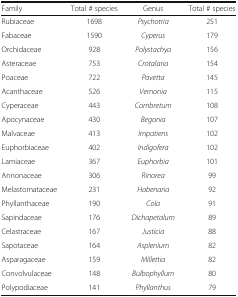
| Family | Total # species | Genus | Total # species |
 | --- | --- | --- | --- |
 | Rubiaceae | 1698 | Psychotria | 251 |
 | Fabaceae | 1590 | Cyperus | 179 |
 | Orchidaceae | 928 | Polystachya | 156 |
 | Asteraceae | 753 | Crotalaria | 154 |
 | Poaceae | 722 | Pavetta | 145 |
 | Acanthaceae | 526 | Vernonia | 115 |
 | Cyperaceae | 443 | Combretum | 108 |
 | Apocynaceae | 430 | Begonia | 107 |
 | Malvaceae | 413 | Impatiens | 102 |
 | Euphorbiaceae | 402 | Indigofera | 102 |
 | Lamiaceae | 367 | Euphorbia | 101 |
 | Annonaceae | 306 | Rinorea | 99 |
 | Melastomataceae | 231 | Habenaria | 92 |
 | Phyllanthaceae | 190 | Cola | 91 |
 | Sapindaceae | 176 | Dichapetalum | 89 |
 | Celastraceae | 167 | Justicia | 88 |
 | Sapotaceae | 164 | Asplenium | 82 |
 | Asparagaceae | 159 | Millettia | 82 |
 | Convolvulaceae | 148 | Bulbophyllum | 80 |
 | Polypodiaceae | 141 | Phyllanthus | 79 |